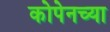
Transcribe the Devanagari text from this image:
कोपेनच्या